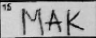
Transcription: MAK